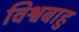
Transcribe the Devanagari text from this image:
विश्वबाहु